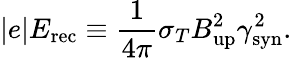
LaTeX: |e|E_{\mathrm{rec}}\equiv\frac{1}{4\pi}\sigma_{T}B_{\mathrm{up}}^{2}\gamma_{\mathrm{syn}}^{2}.